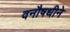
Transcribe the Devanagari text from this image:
वनौषधीने